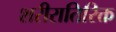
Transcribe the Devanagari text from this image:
शरीरातिरिक्त